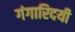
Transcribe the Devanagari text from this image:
गंगारिदयी